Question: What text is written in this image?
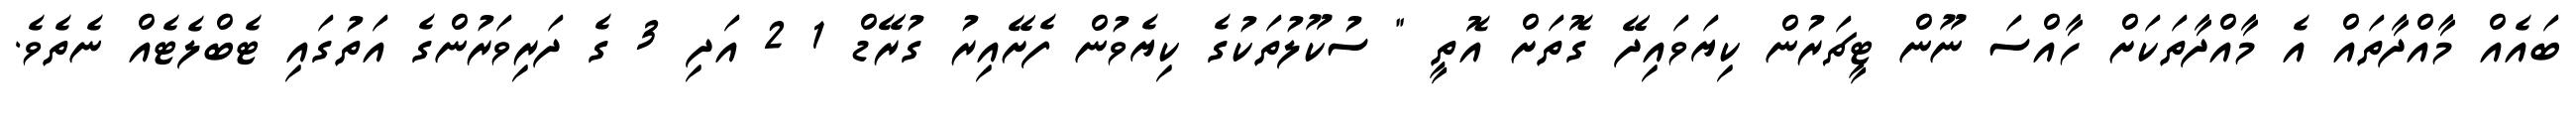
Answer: ބައެއް މާއްދާތައް އެ މާއްދާތަކަށް ހާއްސަ ނޫން ޓީޗަރުން ކިޔަވައިދޭ ގޮތަށް އޮތީ " ސުކޫލުތަކުގެ ކިޔެވުން ފެށޭއިރު ގުރޭޑް 1 2 އަދި 3 ގެ ދަރިވަރުންގެ އަތުގައި ޓެބްލެޓެއް ނެތެވެ.